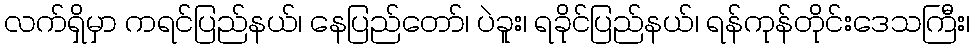
လက်ရှိမှာ ကရင်ပြည်နယ်၊ နေပြည်တော်၊ ပဲခူး၊ ရခိုင်ပြည်နယ်၊ ရန်ကုန်တိုင်းဒေသကြီး၊